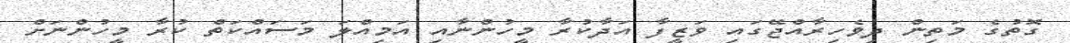
ގޮތުގެ މަތިން ދިވެހިރާއްޖޭގައި ވަޒީފާ އަދާކުރާ މީހުންނާއި އަމިއްލަ މަސައްކަތް ކުރާ މީހުންނަށް